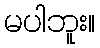
မပါဘူး။